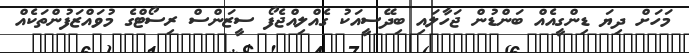
މަހަށް ދިޔަ ޑިންގީއެއް ބަންޑުން ޖަހާލައި ބިދޭސީއަކު ގެއްލިއްޖެފޯ ސީޒަންސް ރިސޯޓްގެ މުވައްޒަފުންތަކެއް